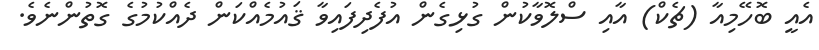
އެއީ ބޮހޭމިއާ (ޗެކް) އާއި ސްލޮވާކުން ގުޅިގެން އުފެދިފައިވާ ޤައުމެއްކަން ދެއްކުމުގެ ގޮތުންނެވެ.